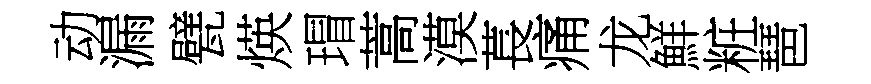
动漏甓煐瑁蒿漠萇痛龙鮮粧琶